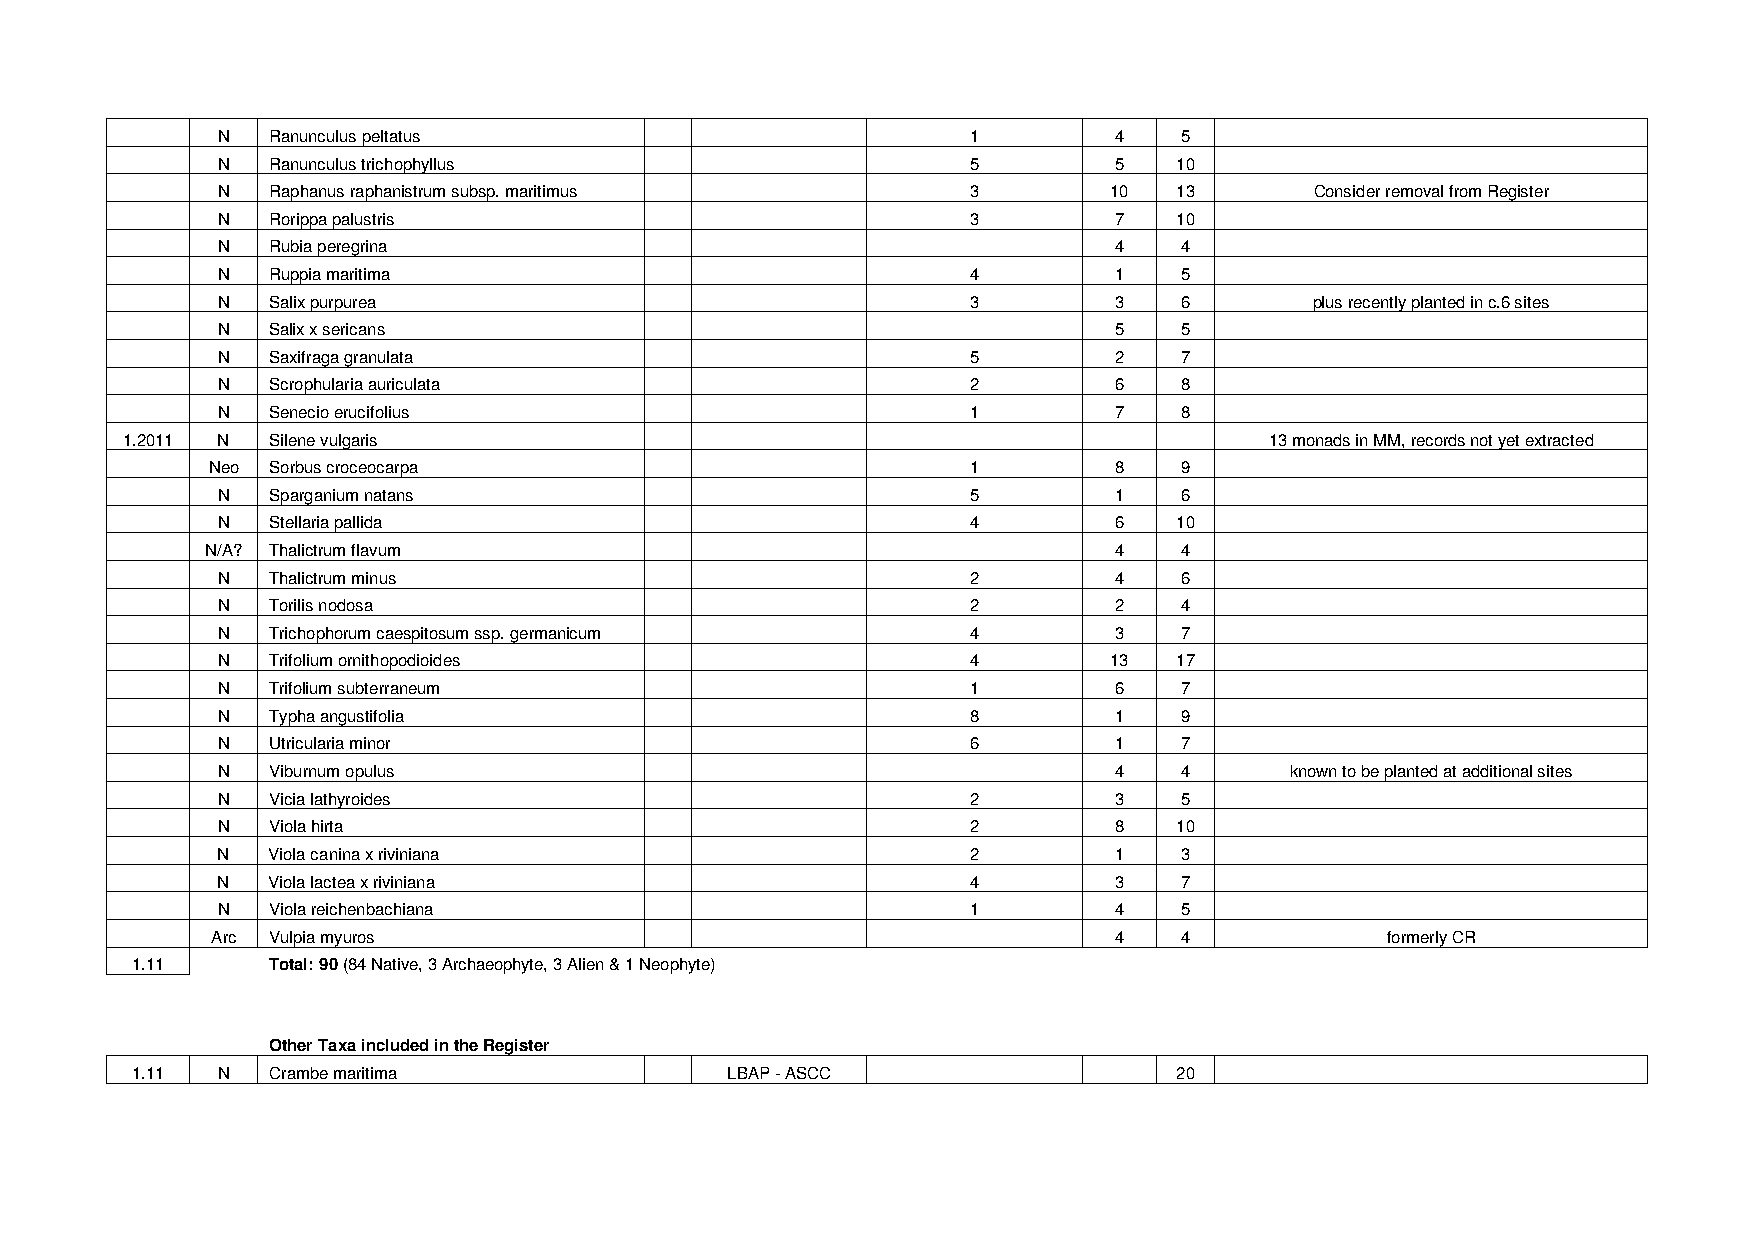
N   Ranunculus peltatus                           1         4   5
 N   Ranunculus trichophyllus                      5         5   10
 N   Raphanus raphanistrum subsp. maritimus        3        10   13       Consider removal from Register
 N   Rorippa palustris                             3         7   10
 N   Rubia peregrina                                         4   4
 N   Ruppia maritima                               4         1   5
 N   Salix purpurea                                3         3   6        plus recently planted in c.6 sites
 N   Salix x sericans                                        5   5
 N   Saxifraga granulata                           5         2   7
 N   Scrophularia auriculata                       2         6   8
 N   Senecio erucifolius                           1         7   8
 1.2011 N  Silene vulgaris                                                   13 monads in MM, records not yet extracted
 Neo Sorbus croceocarpa                            1         8   9
 N   Sparganium natans                             5         1   6
 N   Stellaria pallida                             4         6   10
 N/A? Thalictrum flavum                                      4   4
 N   Thalictrum minus                              2         4   6
 N   Torilis nodosa                                2         2   4
 N   Trichophorum caespitosum ssp. germanicum      4         3   7
 N   Trifolium ornithopodioides                    4        13   17
 N   Trifolium subterraneum                        1         6   7
 N   Typha angustifolia                            8         1   9
 N   Utricularia minor                             6         1   7
 N   Viburnum opulus                                         4   4      known to be planted at additional sites
 N   Vicia lathyroides                             2         3   5
 N   Viola hirta                                   2         8   10
 N   Viola canina x riviniana                      2         1   3
 N   Viola lactea x riviniana                      4         3   7
 N   Viola reichenbachiana                         1         4   5
 Arc Vulpia myuros                                           4   4             formerly CR
 1.11     Total: 90 (84 Native, 3 Archaeophyte, 3 Alien & 1 Neophyte)
 Other Taxa included in the Register
 1.11 N   Crambe maritima               LBAP - ASCC                   20